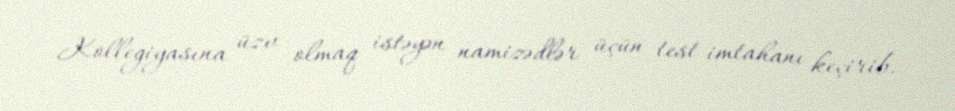
Kollegiyasına üzv olmaq istəyən namizədlər üçün test imtahanı keçirib.